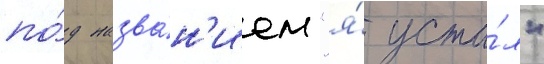
по́д назва́н'ием "я́ уста́л"